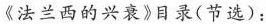
《法兰西的兴衰》目录(节选)：